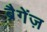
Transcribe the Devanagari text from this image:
ब्रैगेंज़